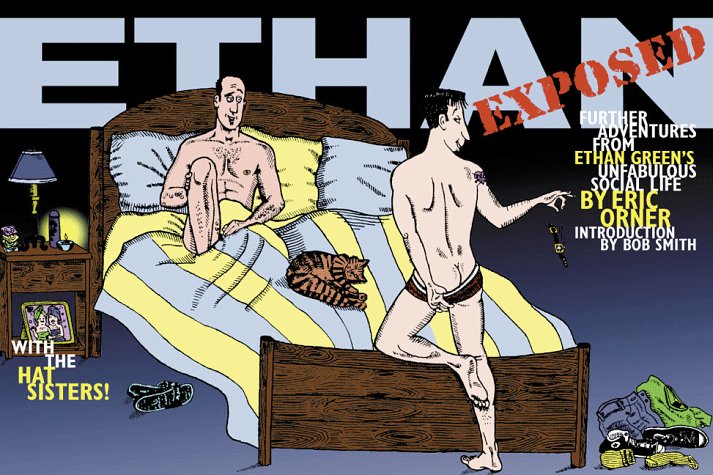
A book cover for Ethan Exposed: Further Adventures From Ethan Green's Unfabulous Social Life; Eric Orner; Comics & Graphic Novels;